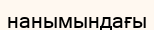
нанымындағы